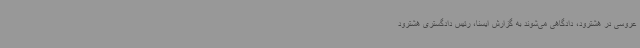
عروسی در هشترود، دادگاهی می‌شوند به گزارش ایسنا، رئیس دادگستری هشترود